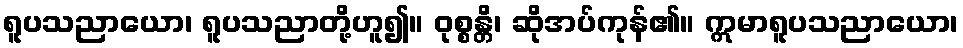
ရူပသညာယော၊ ရူပသညာတို့ဟူ၍။ ဝုစ္စန္တိ၊ ဆိုအပ်ကုန်၏။ ဣမာရူပသညာယော၊